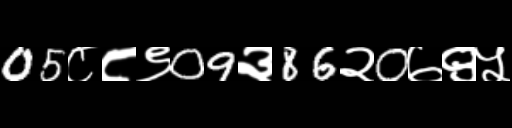
Text: 05८८९09३86२0७९५